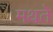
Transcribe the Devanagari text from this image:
मथते